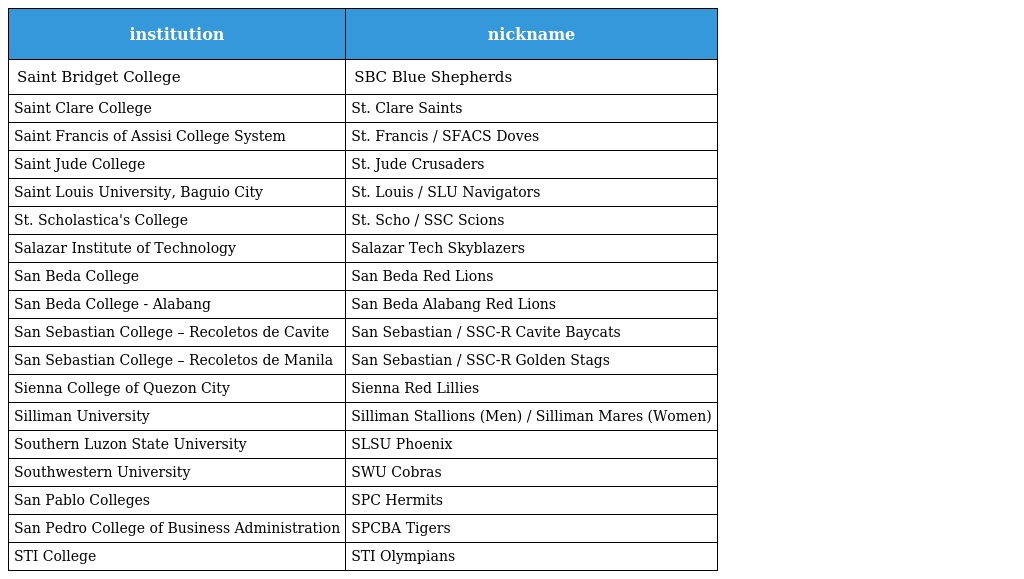
| institution | nickname |
 | --- | --- |
 | Saint Bridget College | SBC Blue Shepherds |
 | Saint Clare College | St. Clare Saints |
 | Saint Francis of Assisi College System | St. Francis / SFACS Doves |
 | Saint Jude College | St. Jude Crusaders |
 | Saint Louis University, Baguio City | St. Louis / SLU Navigators |
 | St. Scholastica's College | St. Scho / SSC Scions |
 | Salazar Institute of Technology | Salazar Tech Skyblazers |
 | San Beda College | San Beda Red Lions |
 | San Beda College - Alabang | San Beda Alabang Red Lions |
 | San Sebastian College – Recoletos de Cavite | San Sebastian / SSC-R Cavite Baycats |
 | San Sebastian College – Recoletos de Manila | San Sebastian / SSC-R Golden Stags |
 | Sienna College of Quezon City | Sienna Red Lillies |
 | Silliman University | Silliman Stallions (Men) / Silliman Mares (Women) |
 | Southern Luzon State University | SLSU Phoenix |
 | Southwestern University | SWU Cobras |
 | San Pablo Colleges | SPC Hermits |
 | San Pedro College of Business Administration | SPCBA Tigers |
 | STI College | STI Olympians |